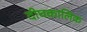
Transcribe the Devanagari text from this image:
दीघकालिक